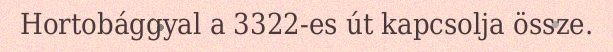
Hortobággyal a 3322-es út kapcsolja össze.